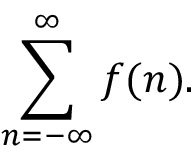
\displaystyle \sum _ { n = - \infty } ^ { \infty } f ( n ) .